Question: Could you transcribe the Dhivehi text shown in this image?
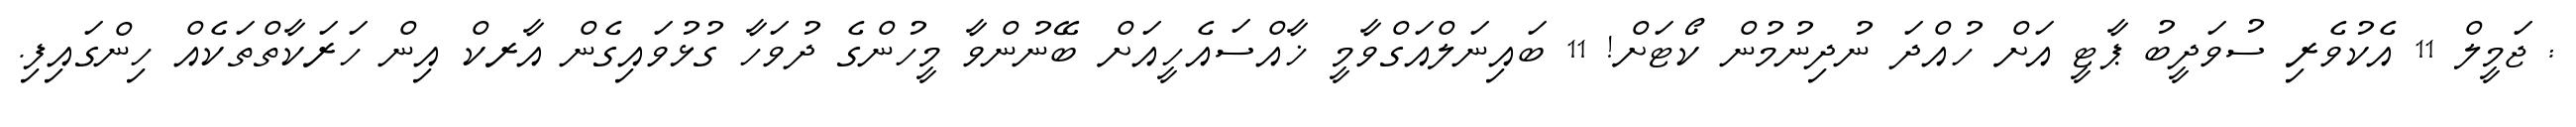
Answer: : ޖަމީލް 11 އެކުވެރި ސުވަދީބު ޕާޓީ އަށް ހުއްދަ ނުދިނުމުން ކޯޓަށް! 11 ބައިނަލްއަގްވާމީ ޚާއްސައެހީއަށް ބޭނުންވާ މީހުންގެ ދުވަހާ ގުޅުވައިގެން އާރކް އިން ހަރަކާތްތަކެއް ހިންގައިފި.